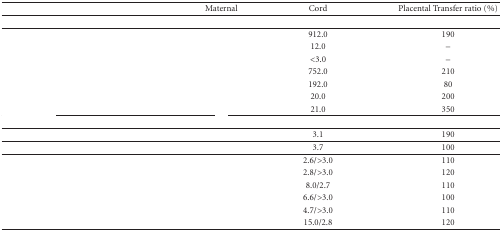
<table><thead><tr><td>[EMPTY_CELL]</td><td><b>Maternal</b></td><td><b>Cord</b></td><td><b>Placental Transfer ratio (%)</b></td></tr></thead><tbody><tr><td>[EMPTY_CELL]</td><td>[EMPTY_CELL]</td><td>[EMPTY_CELL]</td><td>[EMPTY_CELL]</td></tr><tr><td>[EMPTY_CELL]</td><td>[EMPTY_CELL]</td><td>912.0</td><td>190</td></tr><tr><td>[EMPTY_CELL]</td><td>[EMPTY_CELL]</td><td>12.0</td><td>–</td></tr><tr><td>[EMPTY_CELL]</td><td>[EMPTY_CELL]</td><td>&lt;3.0</td><td>–</td></tr><tr><td>[EMPTY_CELL]</td><td>[EMPTY_CELL]</td><td>752.0</td><td>210</td></tr><tr><td>[EMPTY_CELL]</td><td>[EMPTY_CELL]</td><td>192.0</td><td>80</td></tr><tr><td>[EMPTY_CELL]</td><td>[EMPTY_CELL]</td><td>20.0</td><td>200</td></tr><tr><td>[EMPTY_CELL]</td><td>[EMPTY_CELL]</td><td>21.0</td><td>350 </td></tr><tr><td>[EMPTY_CELL]</td><td>[EMPTY_CELL]</td><td>[EMPTY_CELL]</td><td>[EMPTY_CELL]</td></tr><tr><td>[EMPTY_CELL]</td><td>[EMPTY_CELL]</td><td>3.1</td><td>190 </td></tr><tr><td>[EMPTY_CELL]</td><td>[EMPTY_CELL]</td><td>3.7</td><td>100 </td></tr><tr><td>[EMPTY_CELL]</td><td>[EMPTY_CELL]</td><td>2.6/&gt;3.0</td><td>110</td></tr><tr><td>[EMPTY_CELL]</td><td>[EMPTY_CELL]</td><td>2.8/&gt;3.0</td><td>120</td></tr><tr><td>[EMPTY_CELL]</td><td>[EMPTY_CELL]</td><td>8.0/2.7</td><td>110</td></tr><tr><td>[EMPTY_CELL]</td><td>[EMPTY_CELL]</td><td>6.6/&gt;3.0</td><td>100</td></tr><tr><td>[EMPTY_CELL]</td><td>[EMPTY_CELL]</td><td>4.7/&gt;3.0</td><td>110</td></tr><tr><td>[EMPTY_CELL]</td><td>[EMPTY_CELL]</td><td>15.0/2.8</td><td>120</td></tr></tbody></table>